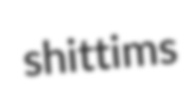
shittims